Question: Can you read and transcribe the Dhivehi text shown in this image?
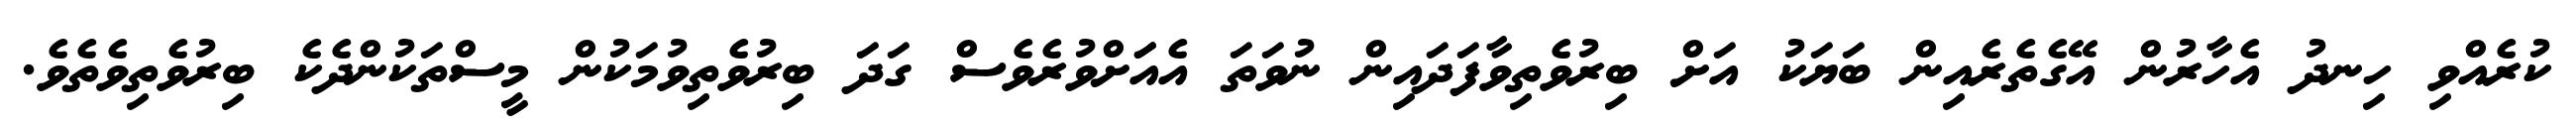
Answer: ކުރެއްވި ހިނދު އެހާރުން އޭގެތެރެއިން ބަޔަކު އަށް ބިރުވެތިވާފަދައިން ނުވަތަ އެއަަށްވުރެވެސް ގަދަ ބިރުވެތިވުމަކުން މީސްތަކުންދެކެ ބިރުވެތިވެތެވެ.